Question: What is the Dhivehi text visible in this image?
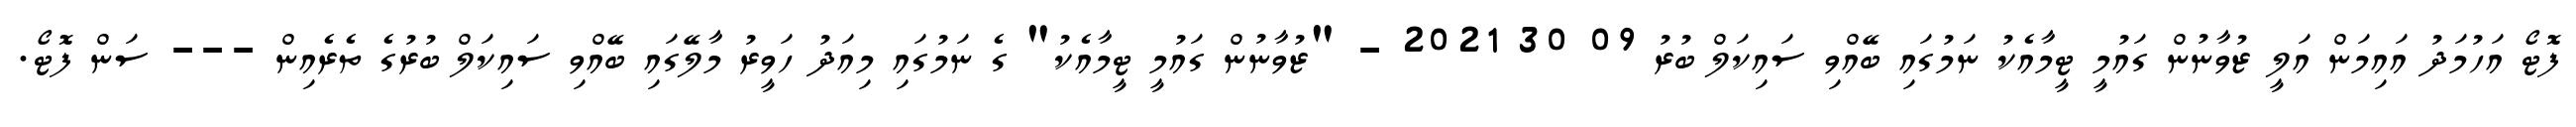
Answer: ފޮޓޯ އަހުމަދު އައިމަން އަލީ ޒުވާނުން ގައުމީ ޓީމާއެކު ނަމުގައި ބޭއްވި ސައިކަލް ބުރު 09 30 2021 - "ޒުވާނުން ގައުމީ ޓީމާއެކު" ގެ ނަމުގައި މިއަދު ހަވީރު މާލޭގައި ބޭއްވި ސައިކަލް ބުރުގެ ތެރެއިން --- ސަން ފޮޓޯ.